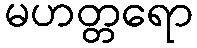
မဟတ္တရော